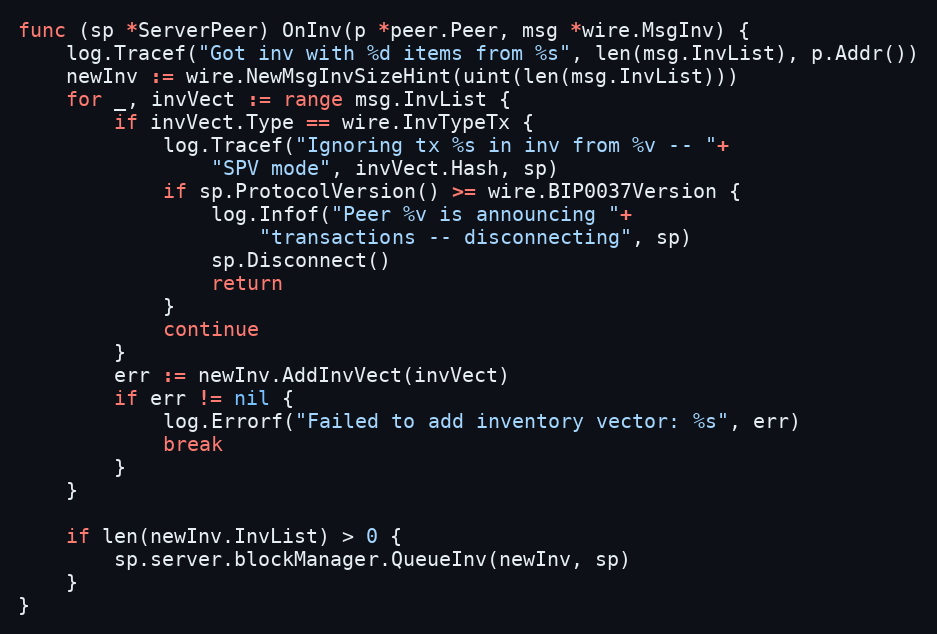
Language: Go
func (sp *ServerPeer) OnInv(p *peer.Peer, msg *wire.MsgInv) {
	log.Tracef("Got inv with %d items from %s", len(msg.InvList), p.Addr())
	newInv := wire.NewMsgInvSizeHint(uint(len(msg.InvList)))
	for _, invVect := range msg.InvList {
		if invVect.Type == wire.InvTypeTx {
			log.Tracef("Ignoring tx %s in inv from %v -- "+
				"SPV mode", invVect.Hash, sp)
			if sp.ProtocolVersion() >= wire.BIP0037Version {
				log.Infof("Peer %v is announcing "+
					"transactions -- disconnecting", sp)
				sp.Disconnect()
				return
			}
			continue
		}
		err := newInv.AddInvVect(invVect)
		if err != nil {
			log.Errorf("Failed to add inventory vector: %s", err)
			break
		}
	}

	if len(newInv.InvList) > 0 {
		sp.server.blockManager.QueueInv(newInv, sp)
	}
}